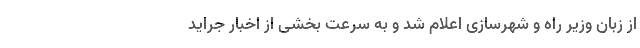
از زبان وزیر راه و شهرسازی اعلام شد و به سرعت بخشی از اخبار جراید